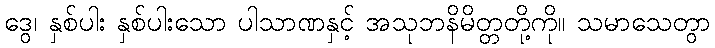
ဒွေ၊ နှစ်ပါး နှစ်ပါးသော ပါသာဏနှင့် အသုဘနိမိတ္တတို့ကို။ သမာသေတွာ